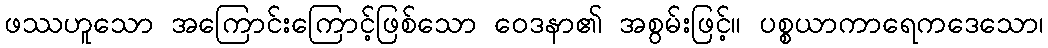
ဖဿဟူသော အကြောင်းကြောင့်ဖြစ်သော ဝေဒနာ၏ အစွမ်းဖြင့်။ ပစ္စယာကာရေကဒေသော၊